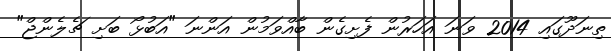
ތިނަދޫގައި 2014 ވަނަ އަހަރުން ފެށިގެން ބާއްވަމުން އަންނަ "އަބުޅޯ ބަށި ޗެލެންޖް"